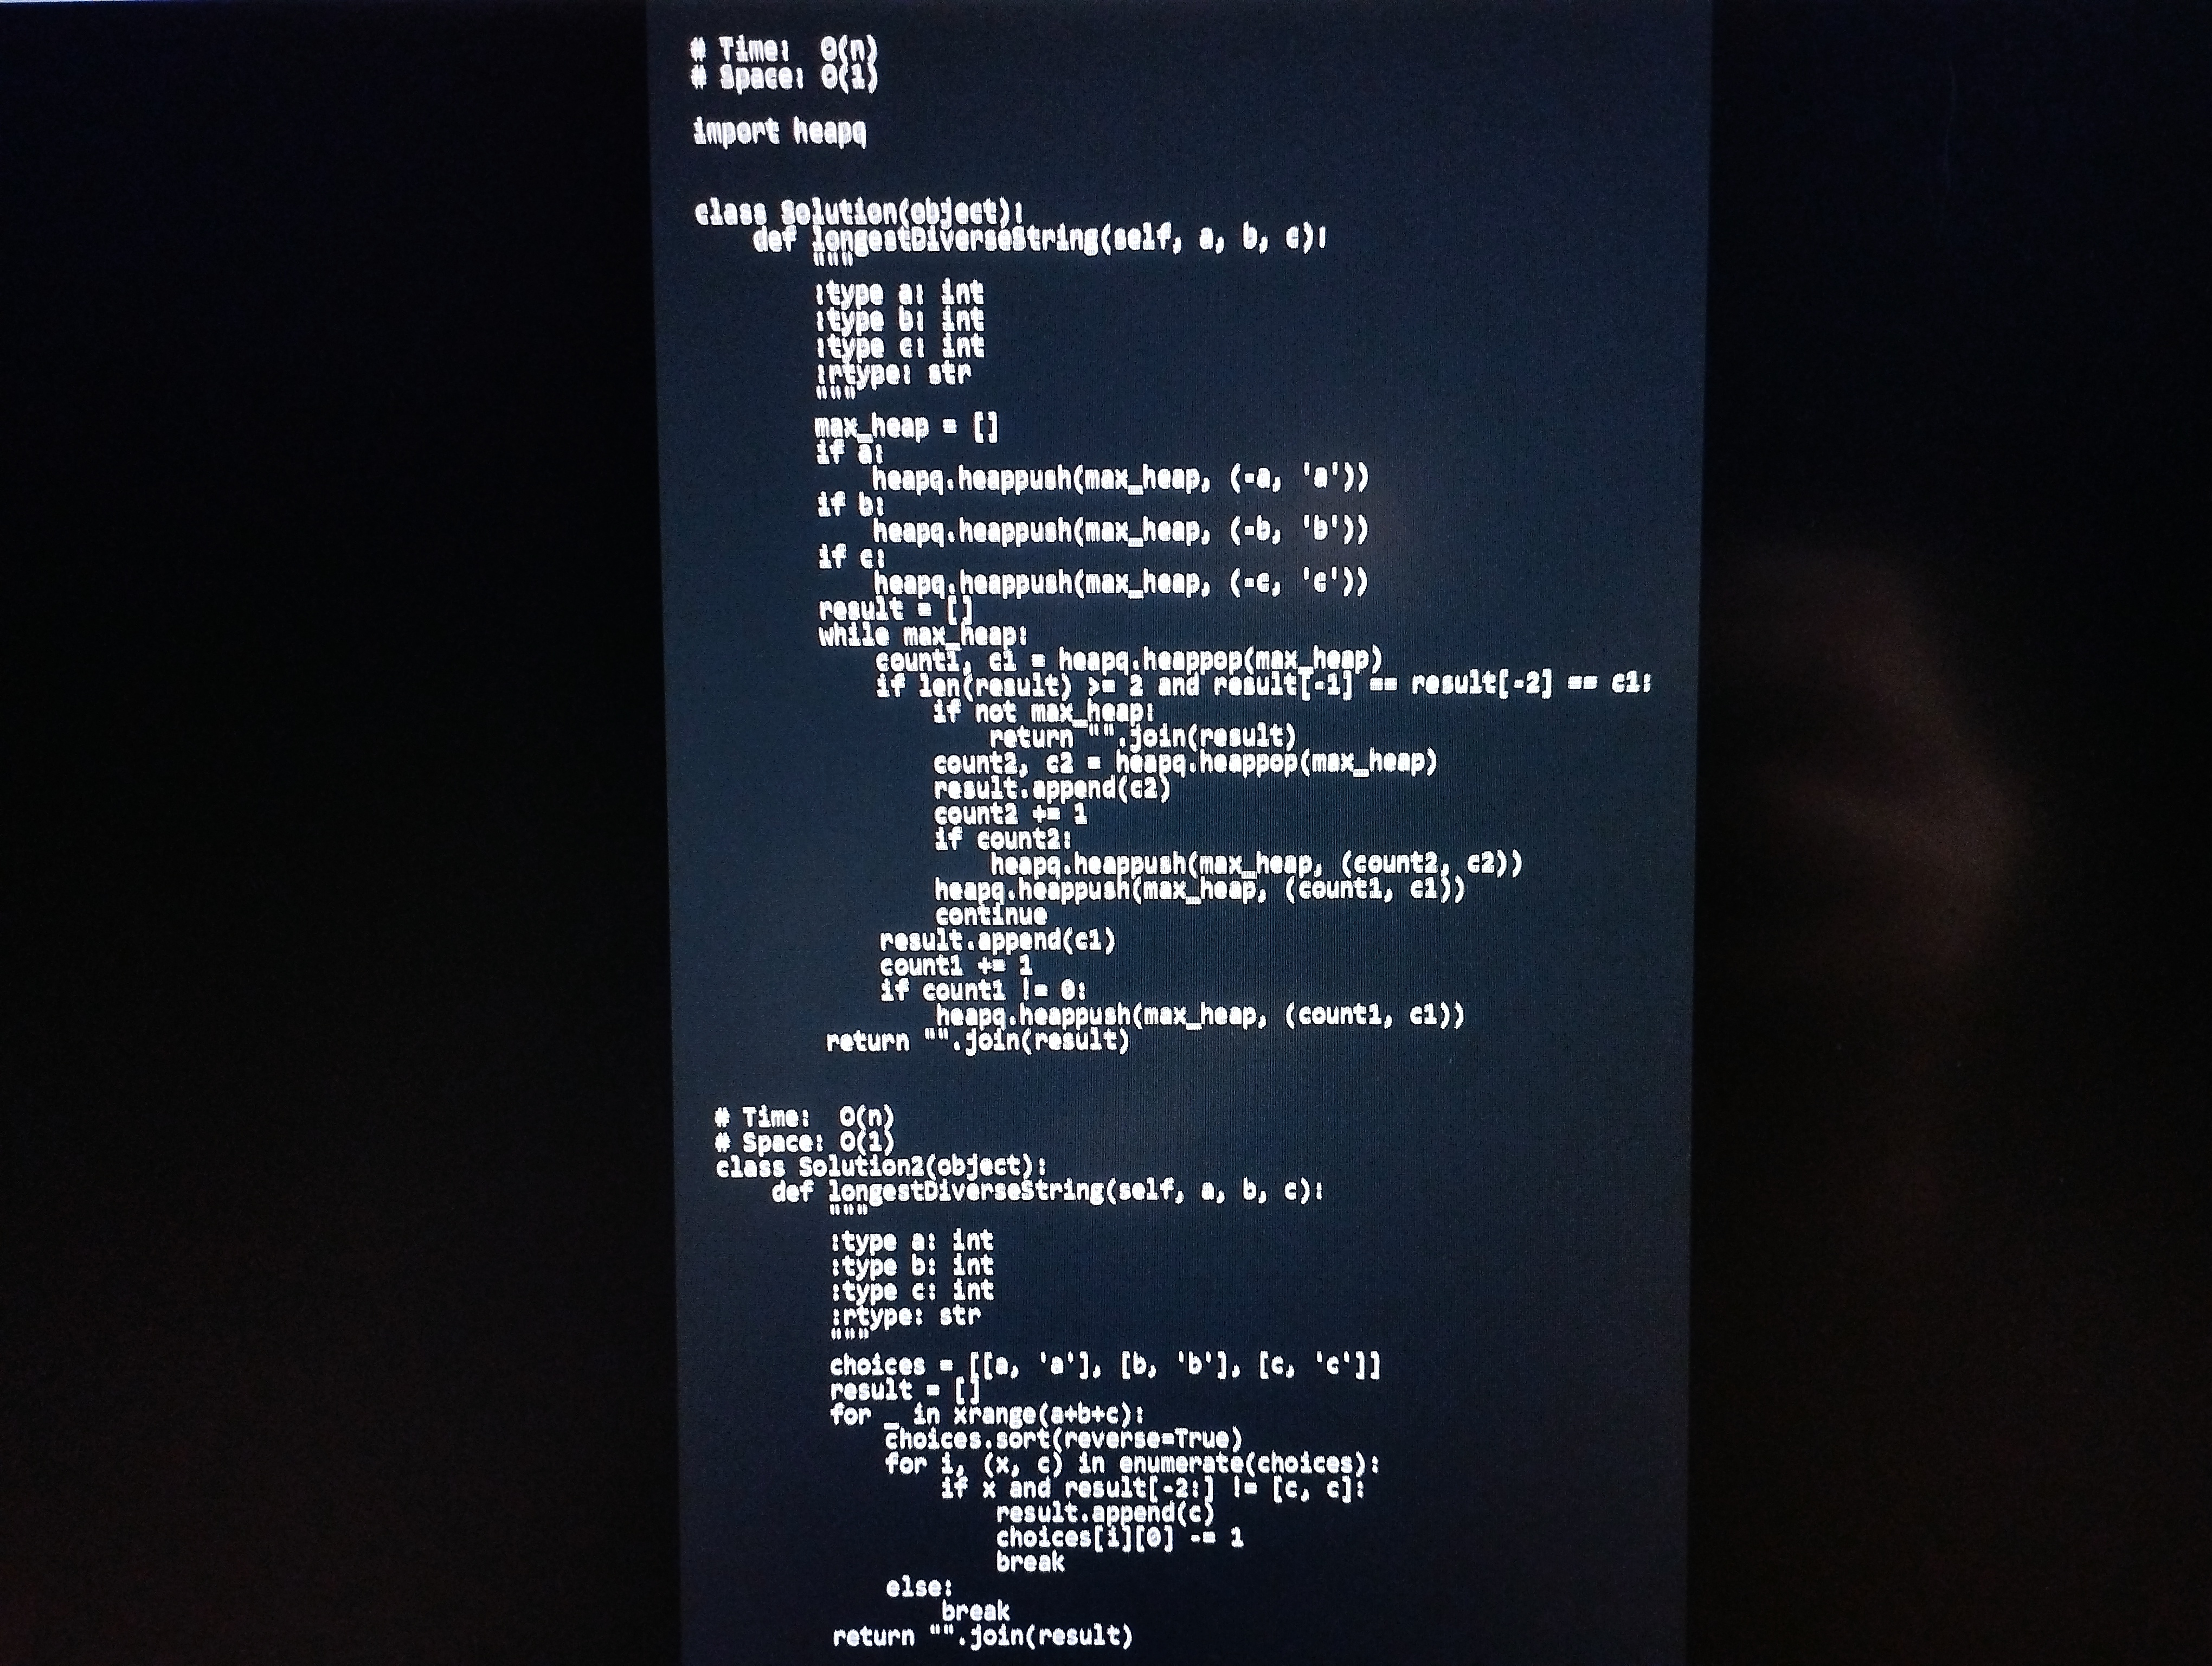
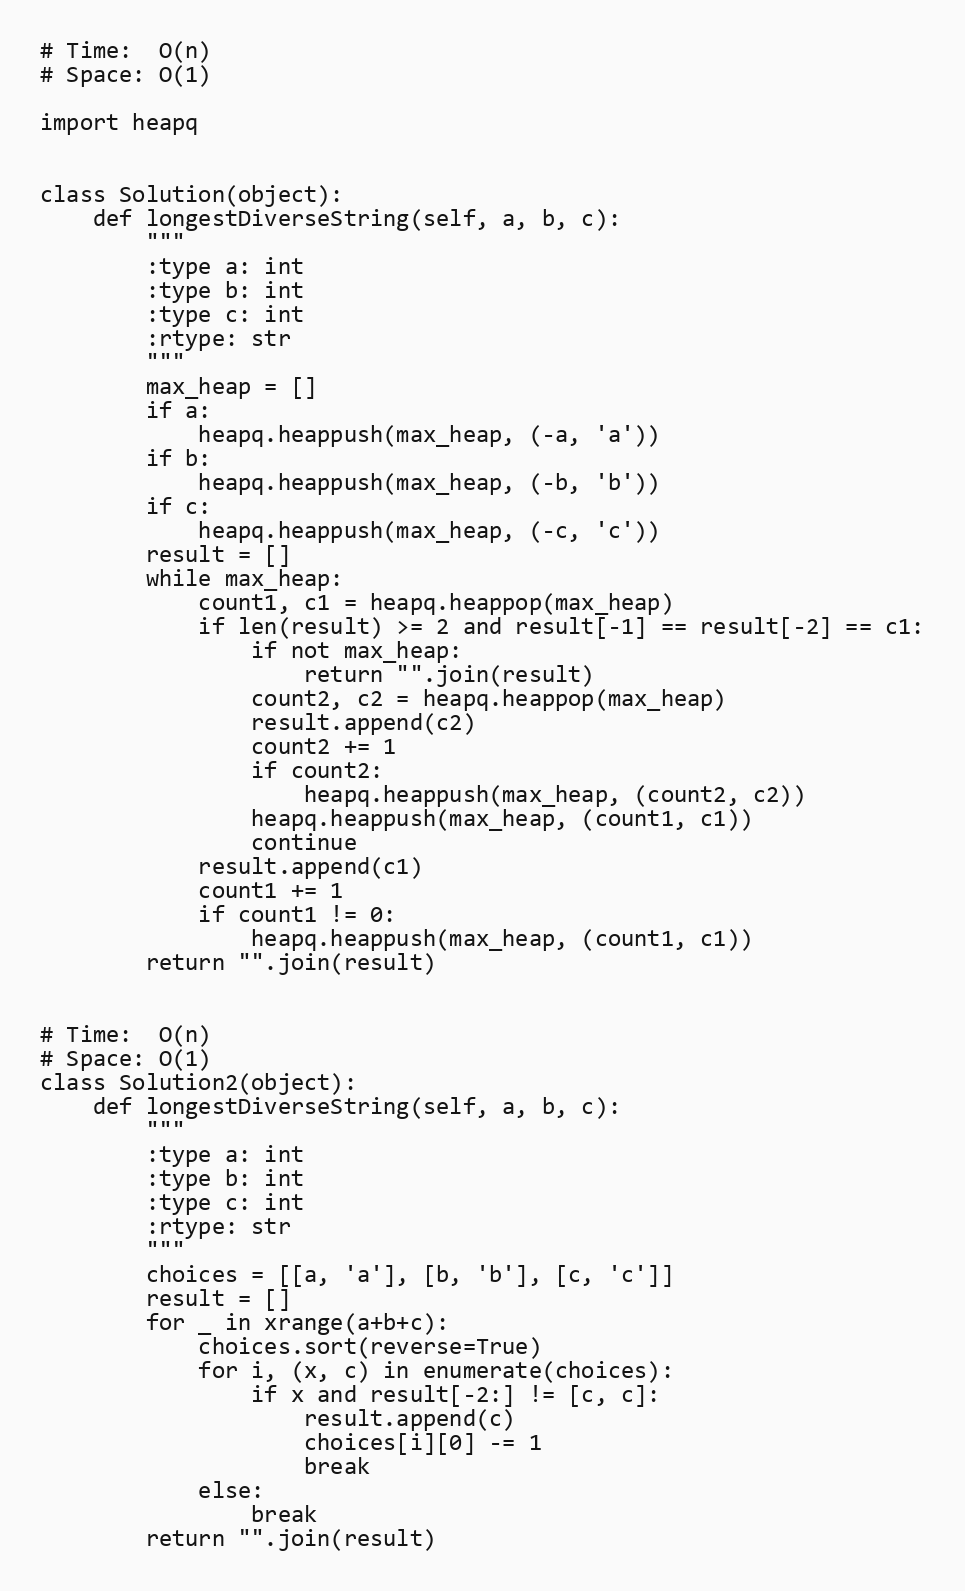
# Time:  O(n)
# Space: O(1)

import heapq

class Solution(object):
    def longestDiverseString(self, a, b, c):
        """
        :type a: int
        :type b: int
        :type c: int
        :rtype: str
        """
        max_heap = []
        if a:
            heapq.heappush(max_heap, (-a, 'a'))
        if b:
            heapq.heappush(max_heap, (-b, 'b'))
        if c:
            heapq.heappush(max_heap, (-c, 'c'))
        result = []
        while max_heap:
            count1, c1 = heapq.heappop(max_heap)
            if len(result) >= 2 and result[-1] == result[-2] == c1:
                if not max_heap:
                    return "".join(result)
                count2, c2 = heapq.heappop(max_heap)
                result.append(c2)
                count2 += 1
                if count2:
                    heapq.heappush(max_heap, (count2, c2))
                heapq.heappush(max_heap, (count1, c1))
                continue
            result.append(c1)
            count1 += 1
            if count1 != 0:
                heapq.heappush(max_heap, (count1, c1))
        return "".join(result)

# Time:  O(n)
# Space: O(1)
class Solution2(object):
    def longestDiverseString(self, a, b, c):
        """
        :type a: int
        :type b: int
        :type c: int
        :rtype: str
        """
        choices = [[a, 'a'], [b, 'b'], [c, 'c']]
        result = []
        for _ in xrange(a+b+c):
            choices.sort(reverse=True)
            for i, (x, c) in enumerate(choices):
                if x and result[-2:] != [c, c]:
                    result.append(c)
                    choices[i][0] -= 1
                    break
            else:
                break
        return "".join(result)